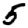
Digit: 5